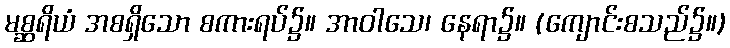
မစ္ဆရိယံ အစရှိသော စကားရပ်၌။ အာဝါသေ၊ နေရာ၌။ (ကျောင်းစသည်၌။)